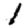
Digit: 1